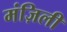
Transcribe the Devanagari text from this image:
मंज़िली